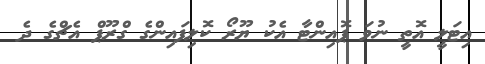
އިޓަލީ އޮތީ ނުވަ ޕޮއިންޓާ އެކު ޔޫރޯ ކޮލިފައިންގެ ގްރޫޕް އެޗްގެ ދެ